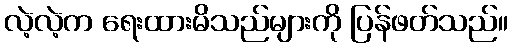
လဲ့လဲ့က ရေးထားမိသည်များကို ပြန်ဖတ်သည်။